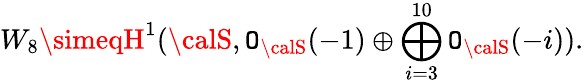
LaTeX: W_{8}\simeqH^{1}({\calS},{\cal\mathtt{O}}_{\calS}(-1)\oplus\bigoplus_{i=3}^{10}{\cal\mathtt{O}}_{\calS}(-i)).